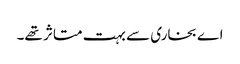
اے بخاری سے بہت متاثر تھے۔